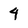
Character: 4